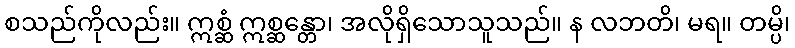
စသည်ကိုလည်း။ ဣစ္ဆံ ဣစ္ဆန္တော၊ အလိုရှိသောသူသည်။ န လဘတိ၊ မရ။ တမ္ပိ၊